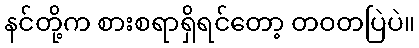
နင်တို့က စားစရာရှိရင်တော့ တဝတပြဲပဲ။